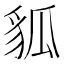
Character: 𧲲